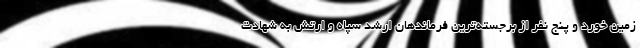
زمین خورد و پنج نفر از برجسته‌ترین فرماندهان ارشد سپاه و ارتش به شهادت